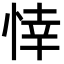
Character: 悻